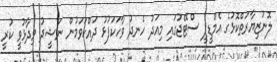
ލޮނުޒިޔާރަތްކޮޅުގެ އެމްޑީޕީ ސްޓޭޖުގައި މިއަދު ހެނދު ވާހަކަފުޅު ދައްކަވަމުން ނަޝީދު ވިދާޅުވީ ކުރީ